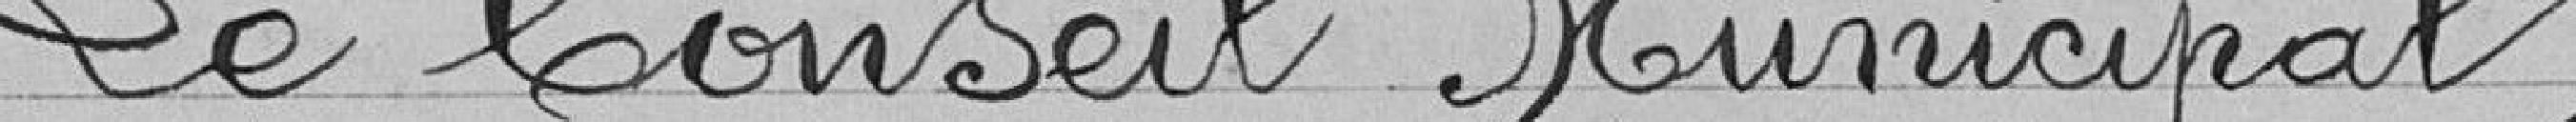
Le Conseil Municipal,